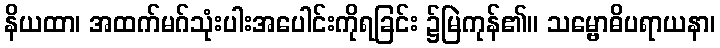
နိယထာ၊ အထက်မဂ်သုံးပါးအပေါင်းကိုရခြင်း ၌မြဲကုန်၏။ သမ္ဗောဓိပရာယနာ၊